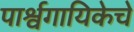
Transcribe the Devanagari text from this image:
पार्श्वगायिकेचे